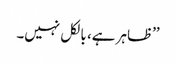
’’ظاہر ہے، بالکل نہیں۔